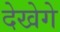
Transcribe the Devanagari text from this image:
देखेगे